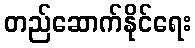
တည်ဆောက်နိုင်ရေး